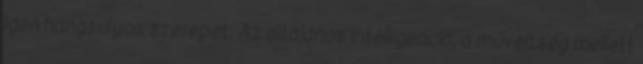
igen hangsúlyos szerepet. Az általános intelligencia, a műveltség mellett